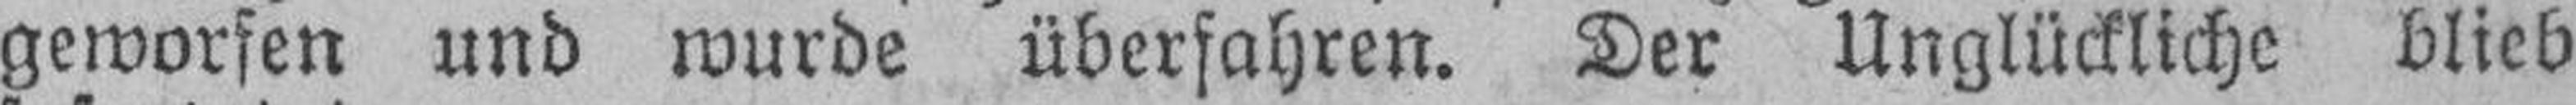
geworfen und wurde überfahren. Der Unglückliche blieb